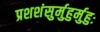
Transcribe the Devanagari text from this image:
प्रशशंसुर्मुहुर्मुहुः